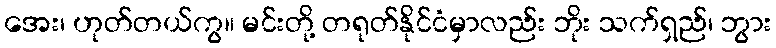
အေး၊ ဟုတ်တယ်ကွ။ မင်းတို့ တရုတ်နိုင်ငံမှာလည်း ဘိုး သက်ရှည်၊ ဘွား